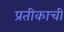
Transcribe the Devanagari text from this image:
प्रतीकाची